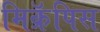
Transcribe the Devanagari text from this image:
मिक्रॅपिस